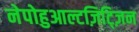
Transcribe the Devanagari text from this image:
नेपोहुआल्टज़िट्ज़िन